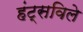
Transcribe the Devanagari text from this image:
हंट्सविले